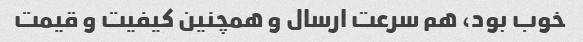
خوب بود، هم سرعت ارسال و همچنین کیفیت و قیمت